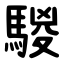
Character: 騣